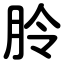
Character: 朎